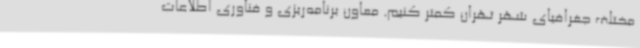
مختلف جغرافیای شهر تهران کمتر کنیم. معاون برنامه‌ریزی و فناوری اطلاعات